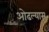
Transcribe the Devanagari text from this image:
ओढल्यास